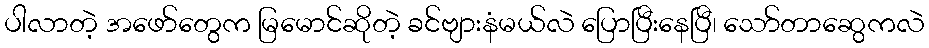
ပါလာတဲ့ အဖော်တွေက မြမောင်ဆိုတဲ့ ခင်ဗျားနံမယ်လဲ ပြောပြီးနေပြီ၊ သော်တာဆွေကလဲ